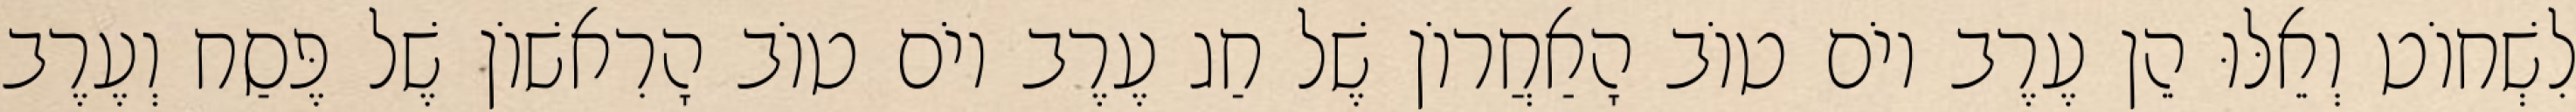
לִשְׁחוֹט וְאֵלּוּ הֵן עֶרֶב יוֹם טוֹב הָאַחֲרוֹן שֶׁל חַג עֶרֶב יוֹם טוֹב הָרִאשׁוֹן שֶׁל פֶּסַח וְעֶרֶב